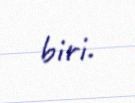
biri.